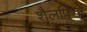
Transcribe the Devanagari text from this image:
शैलपिंडों